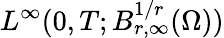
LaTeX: L^{\infty}(0,T;B_{r,\infty}^{1/r}(\Omega))